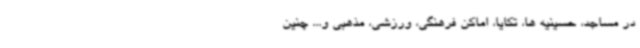
در مساجد، حسینیه ها، تکایا، اماکن فرهنگی، ورزشی، مذهبی و... چنین